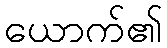
ယောက်၏